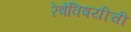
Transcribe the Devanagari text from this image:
रेषेविषयीची